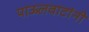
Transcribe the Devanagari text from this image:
पाऊलवाटांनी